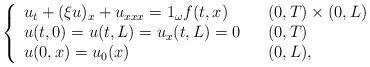
LaTeX: \begin{align*}\left\{\begin{array}[c]{lll}u_{t}+( \xi u) _{x}+u_{xxx}=1_{\omega} f ( t,x) & &( 0,T) \times( 0,L) \\u(t,0) =u( t,L) =u_{x}(t,L) =0 & &( 0,T) \\u( 0,x) =u_{0}( x) & & (0,L),\end{array}\right. \end{align*}